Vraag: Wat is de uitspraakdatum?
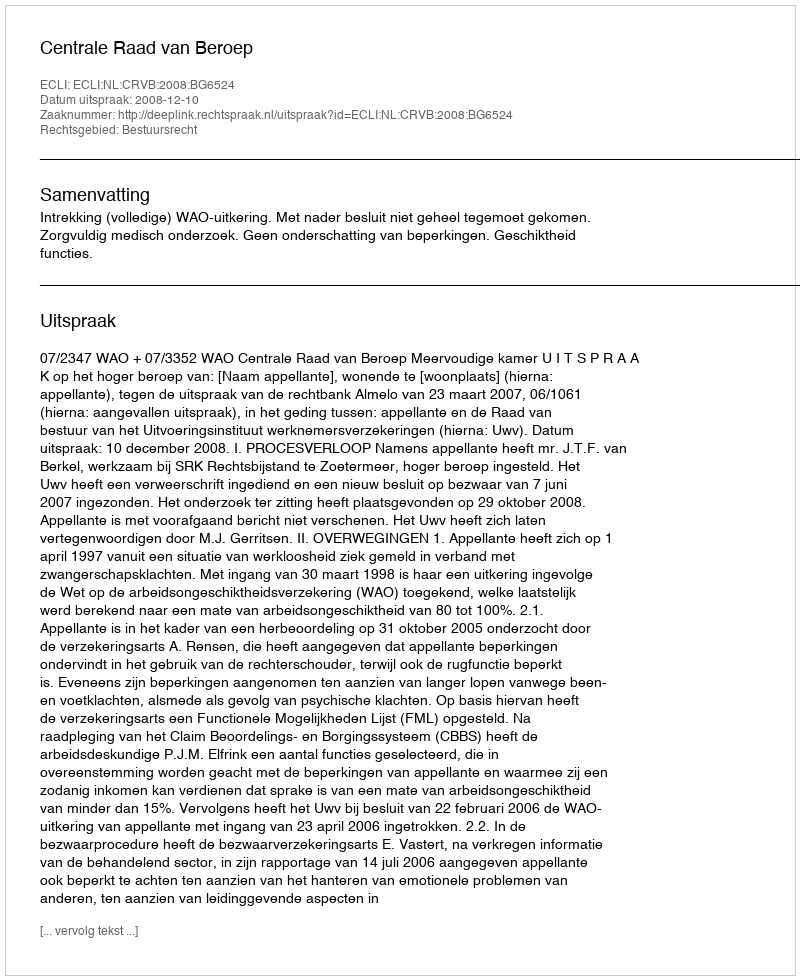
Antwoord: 2008-12-10